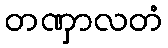
တဏှာလတံ